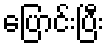
ပြောင်းပြီး